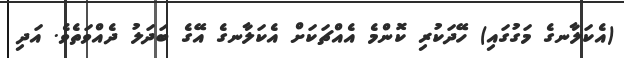
(އެކަލާނގެ މަގުގައި) ހޭދަކުރި ކޮންމެ އެއްޗަކަށް އެކަލާނގެ އޭގެ ބަދަލު ދެއްވަތެވެ. އަދި